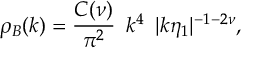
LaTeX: \rho _ { B } ( k ) = \frac { { \cal C } ( \nu ) } { \pi ^ { 2 } } \, \, \, k ^ { 4 } \, \, \, | k \eta _ { 1 } | ^ { - 1 - 2 \nu } ,